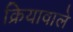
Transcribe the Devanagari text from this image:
क्रियावाले